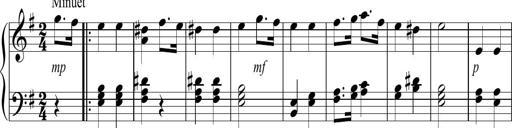
Title: Sonatina no. 2
Composer: Brian Henderson-Sellers
Key: G major